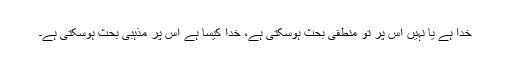
خدا ہے یا نہیں اس پر تو منطقی بحث ہوسکتی ہے، خدا کیسا ہے اس پر مذہبی بحث ہوسکتی ہے۔